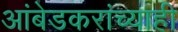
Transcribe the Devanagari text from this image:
आंबेडकरांच्याही